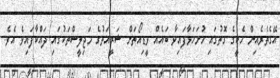
އޭގެތެރެއިން ހެކީގެ ގޮތުގައި ހުށަހަޅާފައިވާ ބައެއް ވީޑިއޯތަށް ޝަރީއަތުގެ މަޖިލީސްތަކުގައި ދައްކާފައިވެ އެވެ.